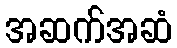
အဆက်အဆံ